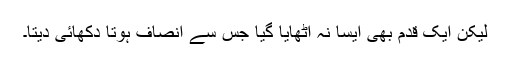
لیکن ایک قدم بھی ایسا نہ اٹھایا گیا جس سے انصاف ہوتا دکھائی دیتا۔